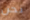
نحن